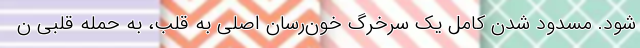
شود. مسدود شدن کامل یک سرخرگ خون‌رسان اصلی به قلب، به حمله قلبی ن